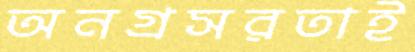
অনগ্রসরতাই